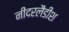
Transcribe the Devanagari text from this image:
नीदरलैंडीश